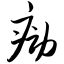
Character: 痨